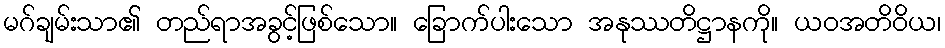
မဂ်ချမ်းသာ၏ တည်ရာအခွင့်ဖြစ်သော။ ခြောက်ပါးသော အနုဿတိဋ္ဌာနကို။ ယဝအတိဝိယ၊